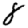
Digit: 8